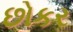
છોકર